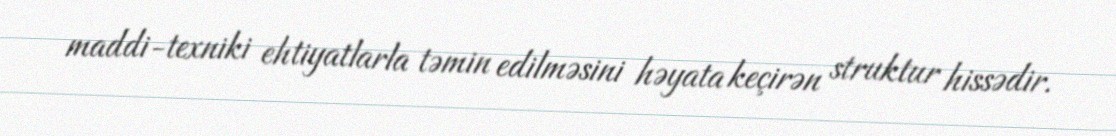
maddi-texniki ehtiyatlarla təmin edilməsini həyata keçirən struktur hissədir.